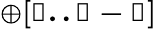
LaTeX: \mathbb{\oplus[l..j-1]}